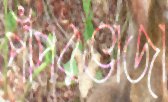
পাঁপরভাজা